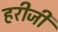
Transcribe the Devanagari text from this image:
हरीजी